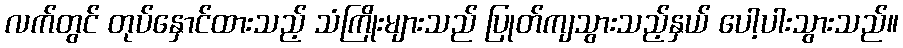
လက်တွင် တုပ်နှောင်ထားသည့် သံကြိုးများသည် ပြုတ်ကျသွားသည့်နှယ် ပေါ့ပါးသွားသည်။